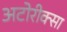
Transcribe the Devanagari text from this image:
अटोरीक्सा